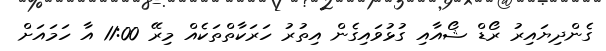
ގެންދިޔައިރު ރޯޑް ޝޯއާއި ގުޅުވައިގެން އިތުރު ހަރަކާތްތަކެއް މިރޭ 11:00 އާ ހަމައަށް